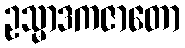
ဥသ္မာဒကဇာတော